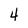
Character: 4